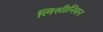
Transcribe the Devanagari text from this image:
लिसीनियन